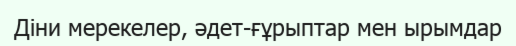
Діни мерекелер, әдет-ғұрыптар мен ырымдар